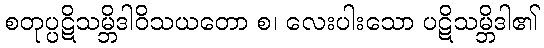
စတုပ္ပဋိသမ္ဘိဒါဝိသယတော စ၊ လေးပါးသော ပဋိသမ္ဘိဒါ၏